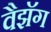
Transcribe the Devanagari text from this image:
वैझॅग